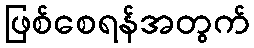
ဖြစ်စေရန်အတွက်